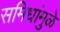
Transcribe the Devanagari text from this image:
समिधांमुळे